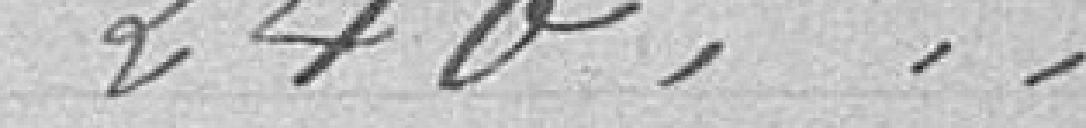
240